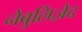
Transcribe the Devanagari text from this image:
नेबुलिज़ेद